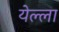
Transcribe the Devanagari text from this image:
येल्ला